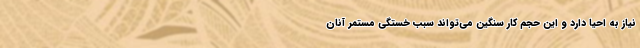
نیاز به احیا دارد و این حجم کار سنگین می‌تواند سبب خستگی مستمر آنان